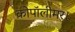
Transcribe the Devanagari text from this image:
कोपॉलीमर।